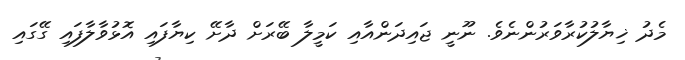
މެދު ޚިޔާލުކުރާވަރުންނެވެ. ނޫނީ ޖައިދަންއާއި ކަމީލާ ބޭރަށް ދާށޭ ކިޔާފައި އޮޅުވާލާފައި ގޭގައި